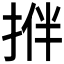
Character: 𢭬